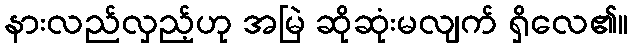
နားလည်လှည့်ဟု အမြဲ ဆိုဆုံးမလျက် ရှိလေ၏။